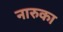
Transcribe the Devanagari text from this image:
नारुका